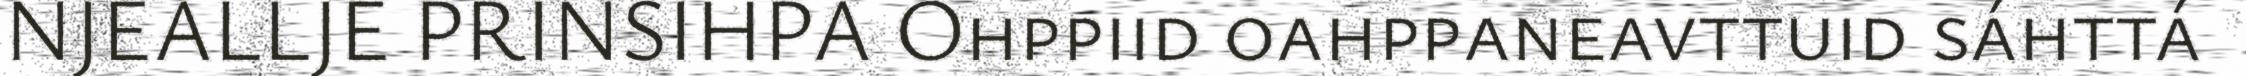
NJEALLJE PRINSIHPA Ohppiid oahppaneavttuid sáhttá